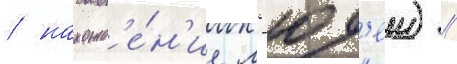
/ нахожд'е́н'ие л'юд'еи) //